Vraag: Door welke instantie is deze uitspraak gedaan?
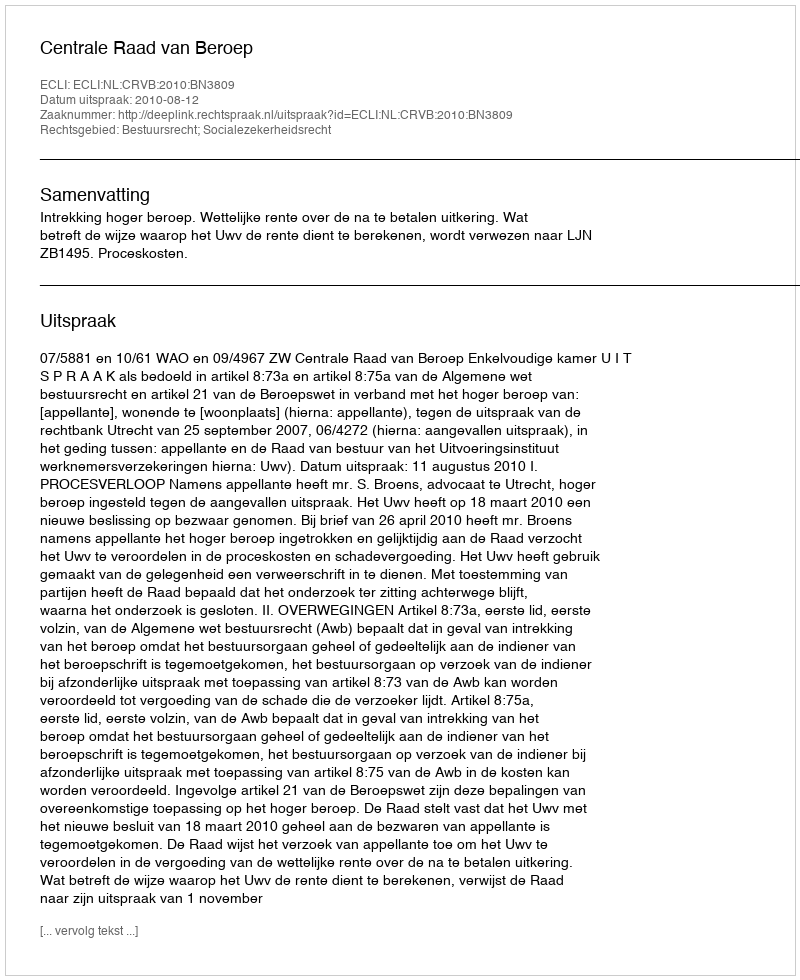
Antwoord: Centrale Raad van Beroep